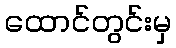
ထောင်တွင်းမှ